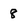
Character: 8